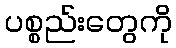
ပစ္စည်းတွေကို